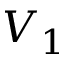
V _ { 1 }